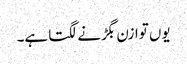
یوں توازن بگڑنے لگتا ہے۔